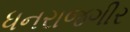
ધનરાજગીર